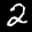
Label: 2